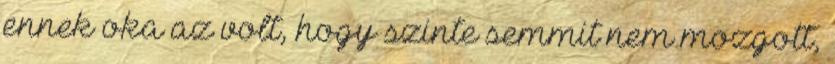
ennek oka az volt, hogy szinte semmit nem mozgott,